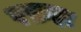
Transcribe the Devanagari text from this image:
रफ़हा